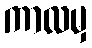
ကာလမှ